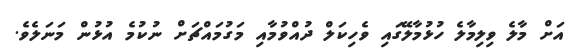
އަށް މާލެ ވިލިމާލެ ހުޅުމާލޭގައި ވެހިކަލް ދުއްވުމާއި މަގުމައްޗަށް ނުކުމެ އުޅުން މަނަލެވެ.